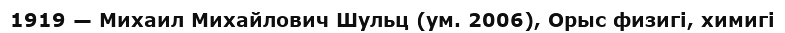
1919 — Михаил Михайлович Шульц (ум. 2006), Орыс физигі, химигі